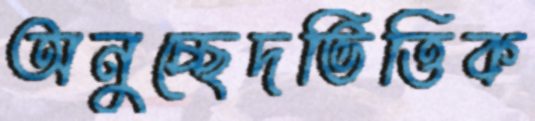
অনুচ্ছেদভিত্তিক